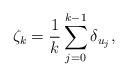
LaTeX: \begin{align*} \zeta_k=\frac{1}{k}\sum_{j=0}^{k-1}\delta_{u_j},\end{align*}